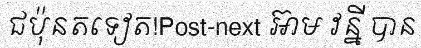
ជប៉ុនតទៀត!Post-next អ៊ាម វន្នី បាន